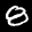
Label: 8